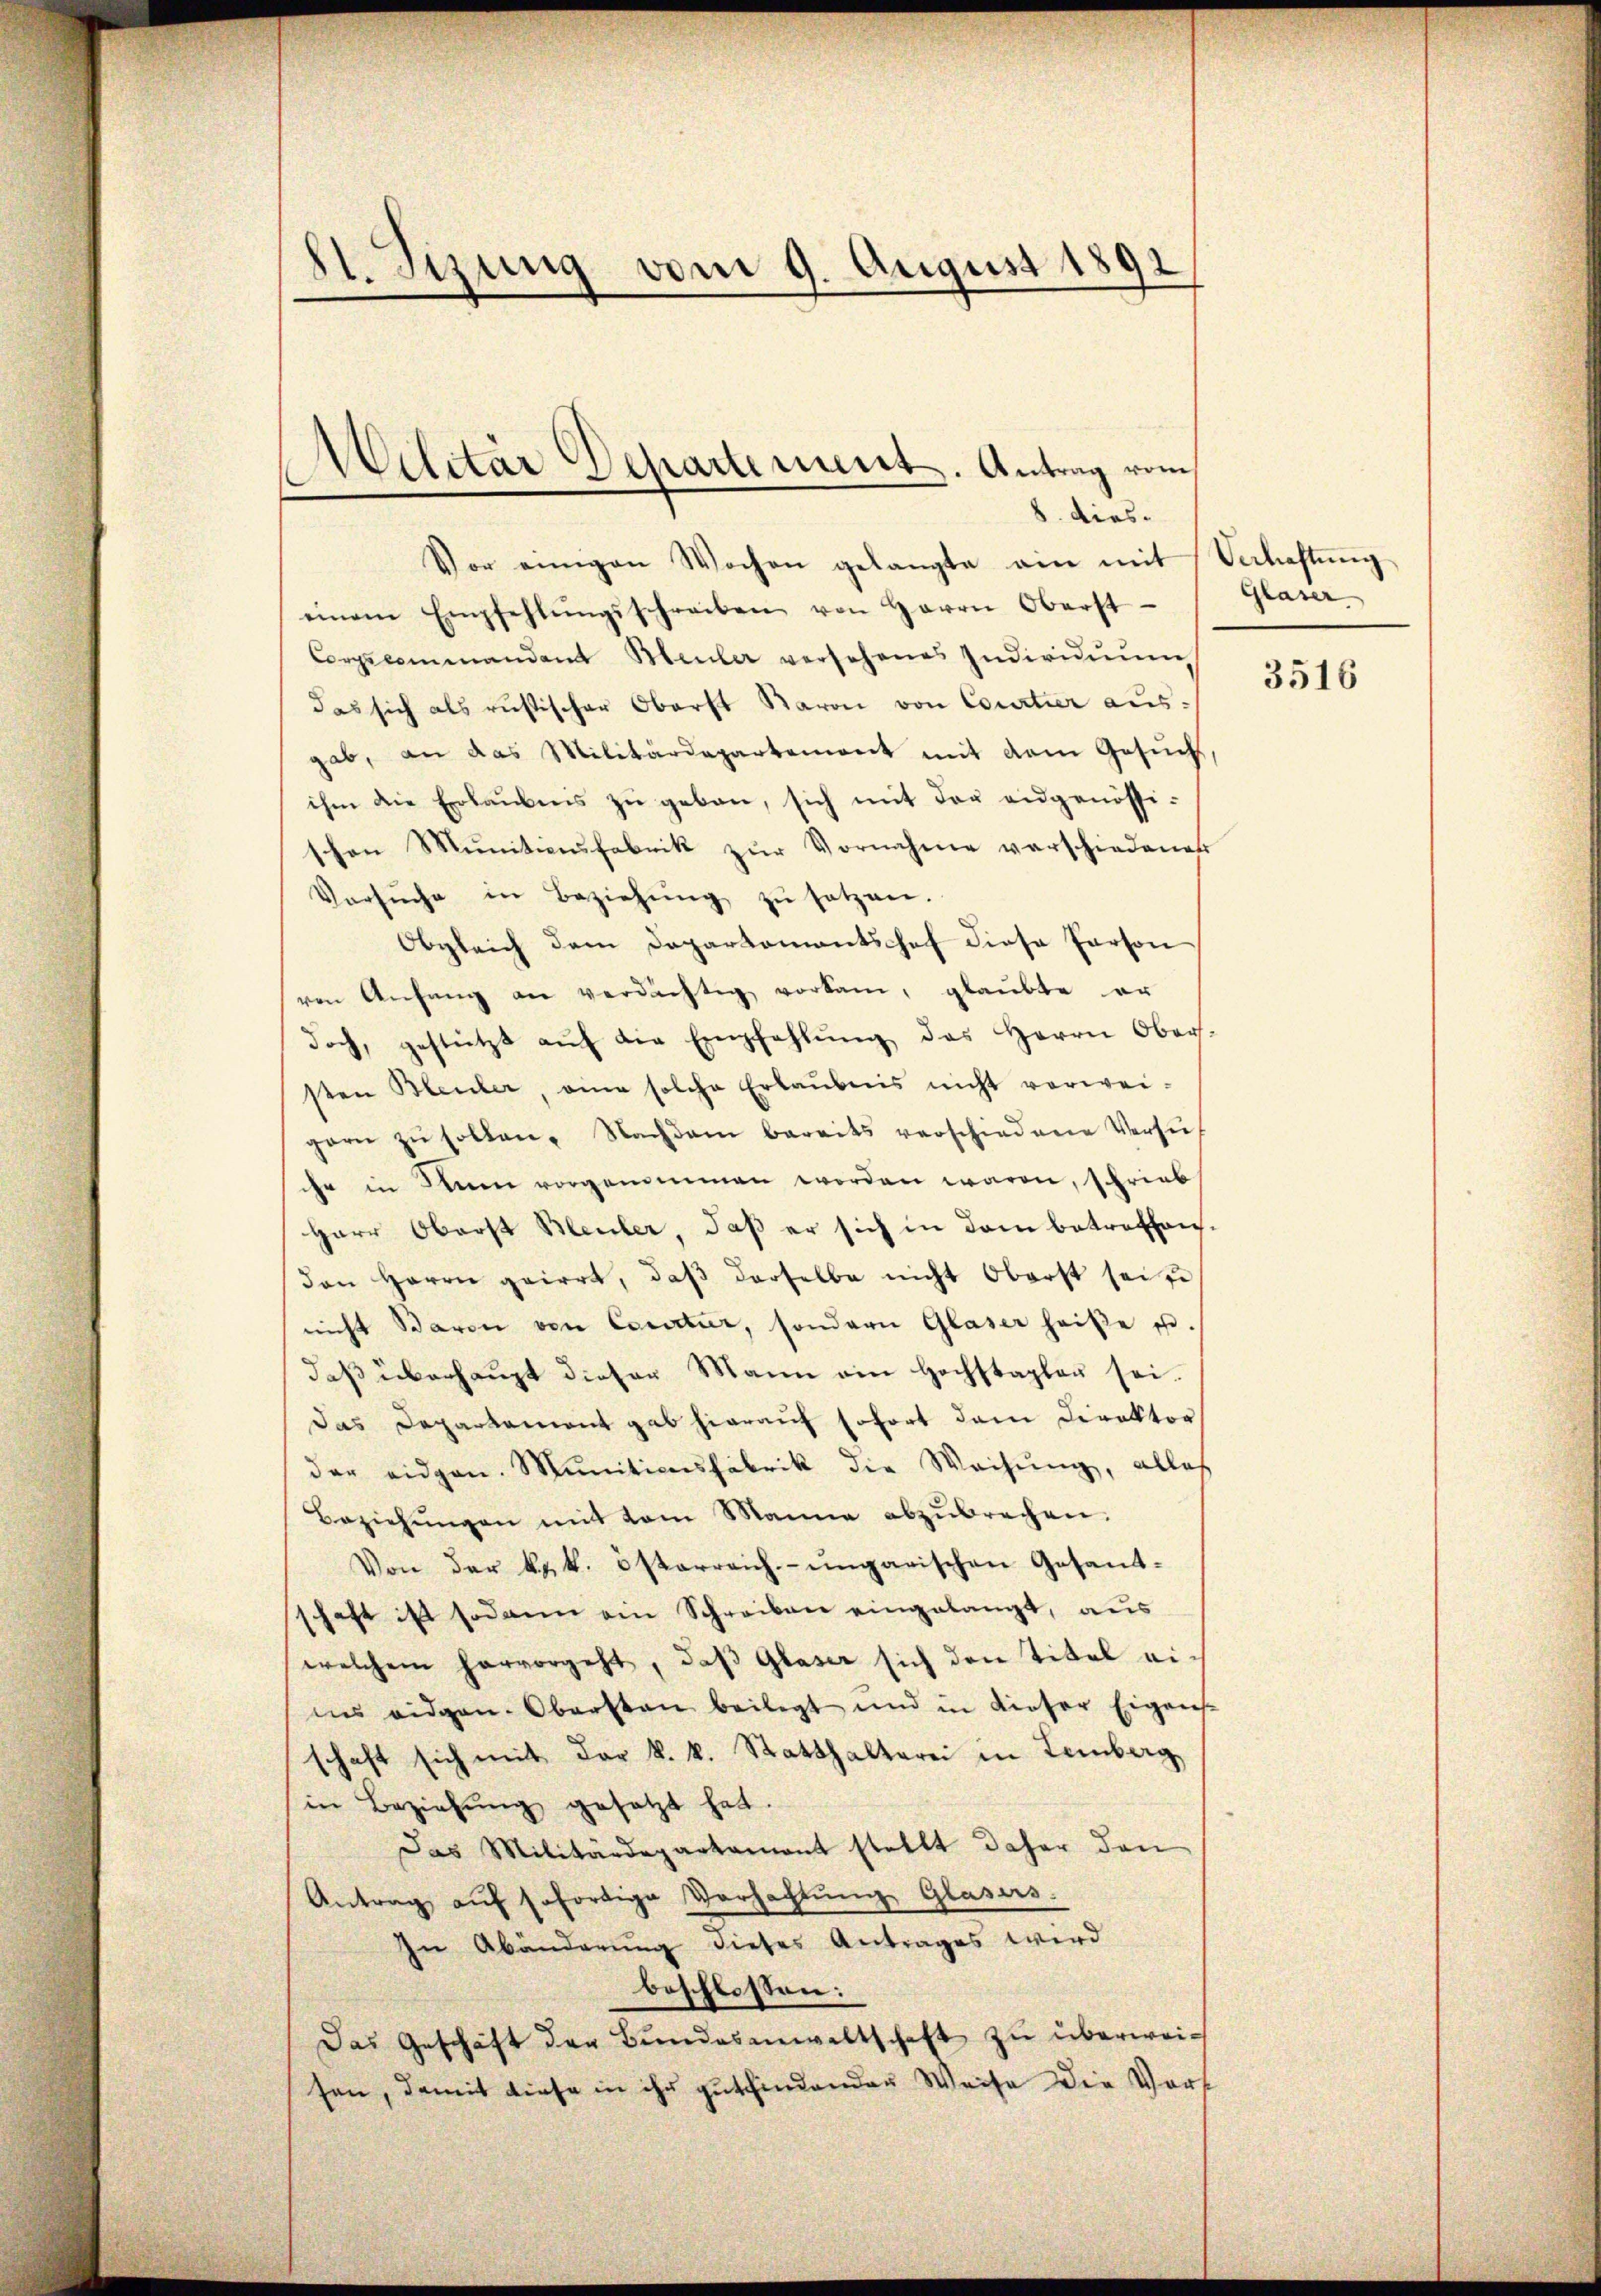
St. Sizung vom 9. August 1892

Vor einigen Wochen gelangte ein mit Verhaftŭng
einem Empfehlŭngsschreiben von Herrn Oberst
Corpscommandant Heuler versehenes Individuum
das sich als rusischer Oberst Baron von Courtier ausgab, an das Militärdepartemont mit dem Gesuch,
ihm die Erlaubnis zŭ geben, sich mit der eidgenössi-
schen Munitionsfabrik zur Vornahme verschiedener
Versŭche in Beziehŭng zŭ setzen.
Obgleich dem Departementshof diese Person
von Anfang an verdächtig vorkam, glaubte er
doch, gestützt aŭf die Empfehlŭng das Herrn Ober-
sten Bleuler, eine solche Erlaubnis nicht verwei-
gern zŭ sollen. Nachdem bereits verschiedene Versŭch
ihr in Sinne vorgenommen worden waren, schrieb
Herr Oberst Bleuler, daß er sich in dem betreffenden Herrn geirrt, daβ derselbe nicht Oberst sei se
nicht Baron von Courtier, sondern Glaser heiße u.
daß überhaupt dieser Mann ein Hochstagler sei.
das Departement gab hierauf sofort dem Direktor
der eidgen. Munitionsfabrik die Weisung, alles
Beziehŭngen mit vom Manne abzŭbrechen.
Von der k. k. österreich-ungarischen Gesandt-
haft ist sodann ein Schreiben eingelangt, aus
welchem hervorgeht, daß Glaser sich den Titel eiins eidgen. Obersten beilegt und in dieser Eigens-
schaft sich mit der k. k. Statthalterei in Lemberg
in Beziehŭng gesetzt hat.
Das Militärdepartament stellt daher den
Antrag aŭf sofortige Verhachtŭng Glasers.
in Abänderung dieses Antrages wird
beschlossen:
Das Geschäft der Bundesanwaltschaft zu überweisen, damit diese in ihr gutfindender Weise die Vors

¬
ACilitar Departement. Antrag vom
8. dies¬

Glaser

3516